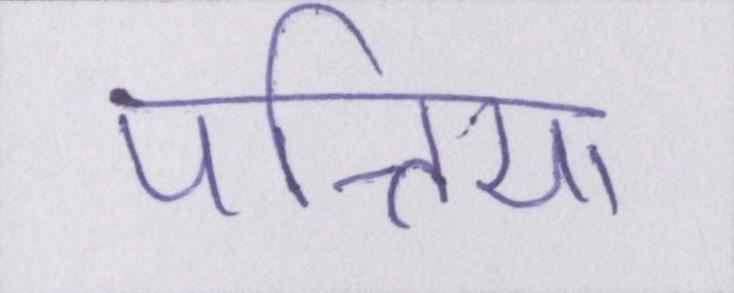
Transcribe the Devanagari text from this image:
पत्तिया